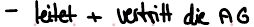
- leitet + vertritt die AG